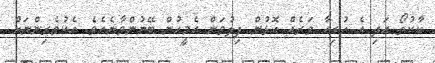
ކާކުތޯ އަދި އެ ހުރިހާ ވަރެއް އޮޅުން ފިލުވަން އެމީހުން ބޭނުންވާނެއެވެ. އެކުވެރިންނަށް